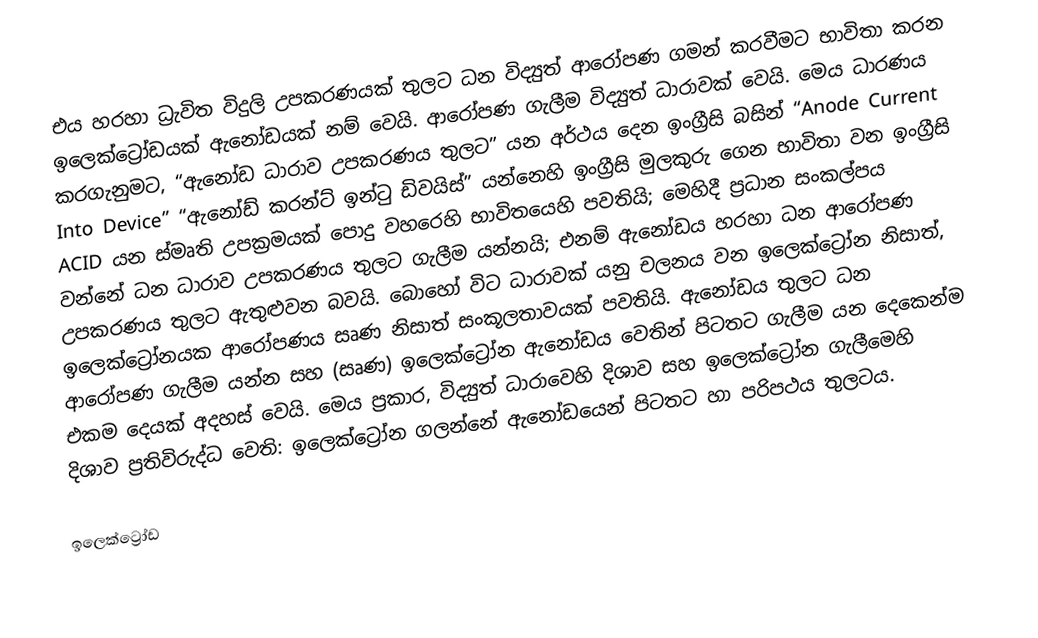
එය හරහා ධ්‍රැවිත විදුලි උපකරණයක් තුලට ධන විද්‍යුත් ආරෝපණ ගමන් කරවීමට භාවිතා කරන  ඉලෙක්ට්‍රෝඩයක්  ඇනෝඩයක් නම් වෙයි. ආරෝපණ ගැලීම  විද්‍යුත් ධාරාවක් වෙයි. මෙය ධාරණය කරගැනුමට, “ඇනෝඩ ධාරාව උපකරණය තුලට”  යන අර්ථය දෙන ඉංග්‍රීසි බසින්  “Anode Current Into Device” “ඇනෝඩ් කරන්ට් ඉන්ටු ඩිවයිස්” යන්නෙහි ඉංග්‍රීසි මුලකුරු ගෙන භාවිතා වන ඉංග්‍රීසි ACID යන ස්මෘති උපක්‍රමයක් පොදු වහරෙහි භාවිතයෙහි පවතියි; මෙහිදී ප්‍රධාන සංකල්පය වන්නේ ධන ධාරාව උපකරණය තුලට ගැලීම යන්නයි; එනම් ඇනෝඩය හරහා ධන ආරෝපණ උපකරණය තුලට ඇතුළුවන බවයි. බොහෝ විට ධාරාවක් යනු චලනය වන ඉලෙක්ට්‍රෝන නිසාත්, ඉලෙක්ට්‍රෝනයක ආරෝපණය සෘණ නිසාත් සංකූලතාවයක් පවතියි. ඇනෝඩය තුලට ධන ආරෝපණ ගැලීම යන්න සහ (සෘණ) ඉලෙක්ට්‍රෝන ඇනෝඩය වෙතින් පිටතට ගැලීම යන දෙකෙන්ම එකම දෙයක් අදහස් වෙයි. මෙය ප්‍රකාර, විද්‍යුත් ධාරාවෙහි දිශාව සහ ඉලෙක්ට්‍රෝන ගැලීමෙහි දිශාව ප්‍රතිවිරුද්ධ වෙති: ඉලෙක්ට්‍රෝන ගලන්නේ ඇනෝඩයෙන් පිටතට හා පරිපථය තුලටය.

ඉලෙක්ට්‍රෝඩ